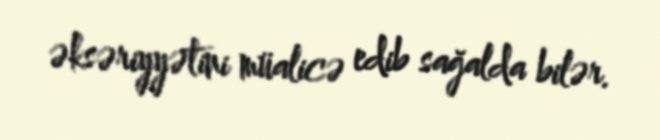
əksəriyyətini müalicə edib sağalda bilər.